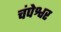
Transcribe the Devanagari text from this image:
चंपेश्वर